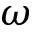
\omega